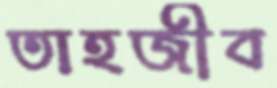
তাহজীব